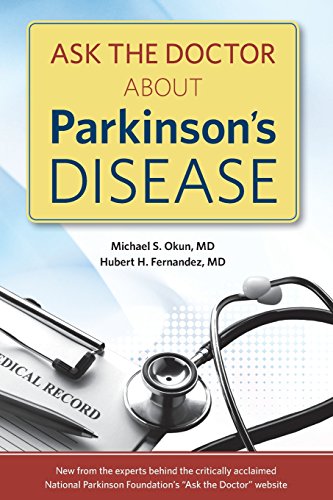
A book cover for Ask the Doctor About Parkinson's Disease; Michael Okun MD; Health, Fitness & Dieting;